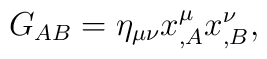
G_{AB}=\eta_{\mu\nu}x^\mu_{,A}x^\nu_{,B},